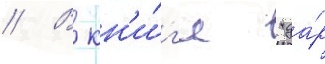
// В кн'и́г'е "да́р